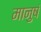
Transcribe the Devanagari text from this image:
मानुषं